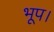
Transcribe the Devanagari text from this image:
भूप।